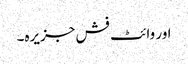
اور وائٹ فش جزیرہ۔